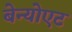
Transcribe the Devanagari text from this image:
बेन्योएट